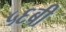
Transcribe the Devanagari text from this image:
५६बी